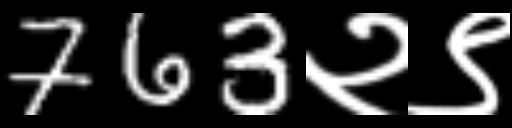
Text: 763२९